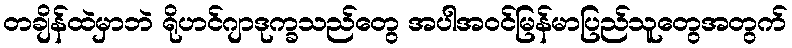
တချိန်ထဲမှာဘဲ ရိုဟင်ဂျာဒုက္ခသည်တွေ အပါအဝင်မြန်မာပြည်သူတွေအတွက်